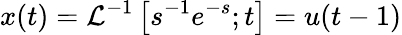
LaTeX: x(t)=\mathcal{L}^{-1}\left[s^{-1}{e^{-s}};t\right]=u(t-1)